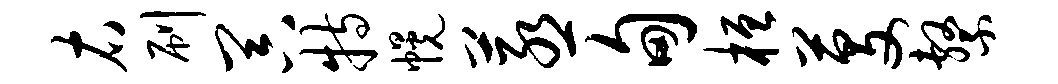
右刷器特幌蒸甸桓芟系